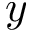
y